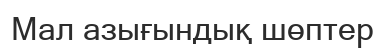
Мал азығындық шөптер